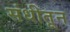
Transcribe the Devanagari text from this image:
संधीतून